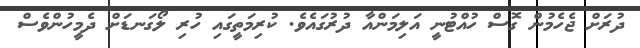
ދުރަށް ޖެހެމުން ގޮސް ހުއްޓުނީ އަލިމަންއާ ދުރުގައެވެ. ކުރިމަތީގައި ހުރި ލޯގަނޑަށް ދެމީހުންވެސް